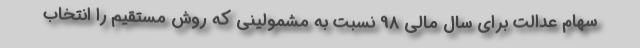
سهام عدالت برای سال مالی 98 نسبت به مشمولینی که روش مستقیم را انتخاب